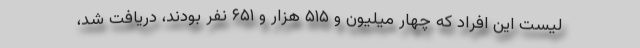
لیست این افراد که چهار میلیون و ۵۱۵ هزار و ۶۵۱ نفر بودند، دریافت شد،